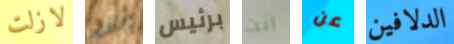
لازلت إتش برئيس انت عن الدلافين